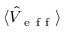
\langle \hat { V } _ { \mathrm { ~ e ~ f ~ f ~ } } \rangle